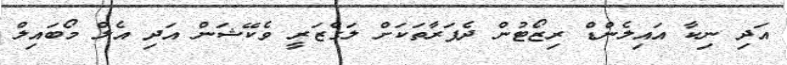
އަދި ނިކާ އައިލެންޑް ރިޒޯޓުން ދެފަރާތަކަށް ލަގްޒަރީ ވެކޭޝަން އަދި އެލް މޯބައިލް